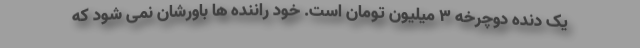
یک دنده دوچرخه 3 میلیون تومان است. خود راننده ها باورشان نمی شود که